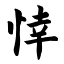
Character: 悻